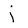
Character: i